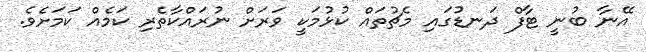
އޭނާ ބުނީ ޓާފް ދަނޑުގައި މެޗުތައް ކުޅުމަކީ ވަރަށް ނުރައްކާތެރި ކަމެއް ކަމަށެވެ.